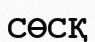
СӨСҚ